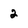
Character: 2